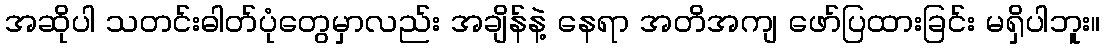
အဆိုပါ သတင်းဓါတ်ပုံတွေမှာလည်း အချိန်နဲ့ နေရာ အတိအကျ ဖော်ပြထားခြင်း မရှိပါဘူး။